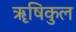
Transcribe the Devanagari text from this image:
ॠषिकुल